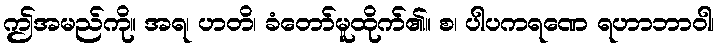
ဤအမည်ကို။ အရ၊ ဟတိ၊ ခံတော်မူထိုက်၏။ စ၊ ပါပကရဏေ ရဟာဘာဝါ၊